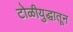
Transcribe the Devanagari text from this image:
टोळीयुद्धातून